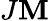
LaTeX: J\mathbf{M}